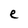
Character: e